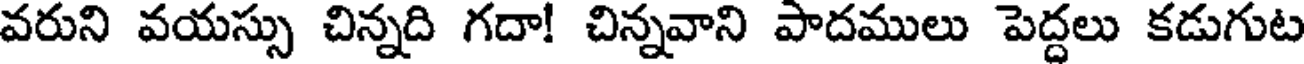
వరుని వయస్సు చిన్నది గదా! చిన్నవాని పాదములు పెద్దలు కడుగుట